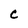
Character: C